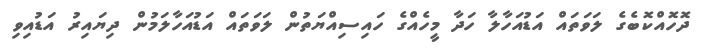
ދޮހޮއްކޮބެގެ ލަވަތައް އަޑުއަހާލާ ހަދާ މީހެއްގެ ހައިސިއްޔަތުން ލަވަތައް އަޑުއަހާލަމުން ދިޔައިރު އަޑުއިވި